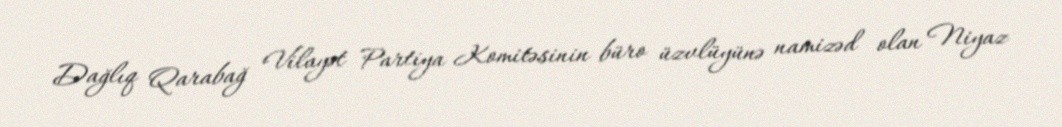
Dağlıq Qarabağ Vilayət Partiya Komitəsinin büro üzvlüyünə namizəd olan Niyaz